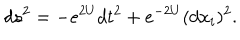
LaTeX: d s ^ { 2 } = - e ^ { 2 U } d t ^ { 2 } + e ^ { - 2 U } ( d x _ { i } ) ^ { 2 } .